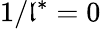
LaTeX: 1/\mathfrak{l}^{*}=0